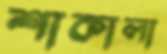
শাকালা